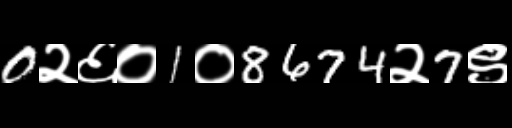
Text: 0२६०1०8674२7९